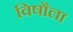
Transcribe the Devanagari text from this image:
विषौला